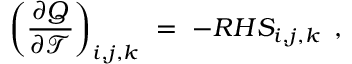
\left( \frac { \partial Q } { \partial \mathcal { T } } \right) _ { i , j , k } \ = \ - R H S _ { i , j , k } \, \mathrm { ~ , ~ }